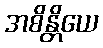
အစိန္တိယေ